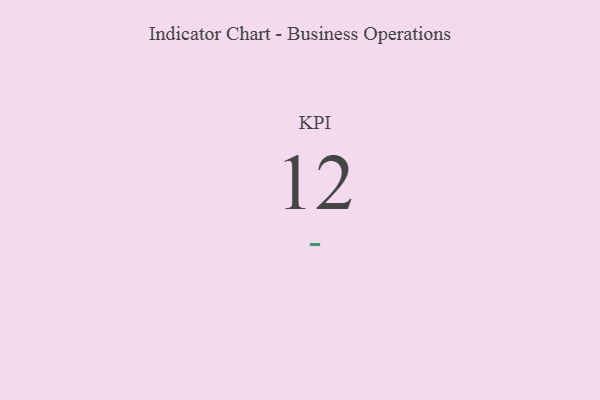
{"axis": {"x": "KPI", "y": "Value"}, "legend": [""], "data": [{"x": "KPI", "y": 12, "type": ""}]}